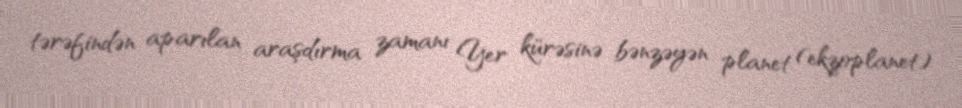
tərəfindən aparılan araşdırma zamanı Yer kürəsinə bənzəyən planet (ekzoplanet)